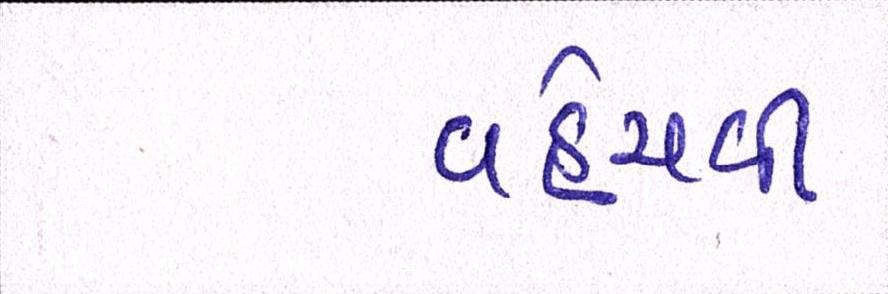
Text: વહેંચવી